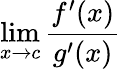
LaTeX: \operatorname*{lim}_{x\to c}{\frac{f^{\prime}(x)}{g^{\prime}(x)}}